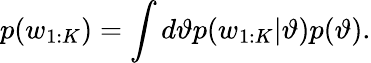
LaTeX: p(w_{1:K})=\int d\vartheta p(w_{1:K}|\vartheta)p(\vartheta).